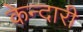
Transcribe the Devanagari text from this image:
केन्दारी